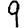
Digit: 9